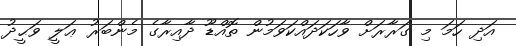
އަދި ހަމަ މި ގަރާރަށް ވާހަކަދައްކަވަމުން ތޮއްޑޫ ދާއިރާގެ މެންބަރު ޢަލީ ވަޙީދު